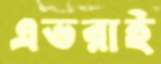
এভরাই